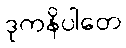
ဒုကနိပါတေ